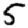
Digit: 5